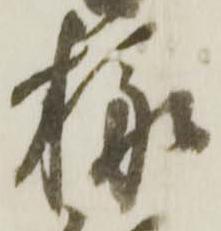
様